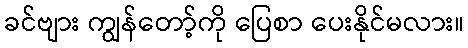
ခင်ဗျား ကျွန်တော့်ကို ပြေစာ ပေးနိုင်မလား။